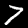
Label: 7